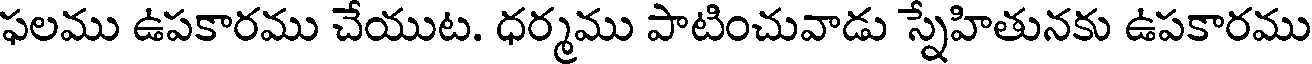
ఫలము ఉపకారము చేయుట. ధర్మము పాటించువాడు స్నేహితునకు ఉపకారము